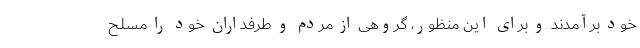
خود برآمدند و برای این منظور، گروهی از مردم و طرفداران خود را مسلح